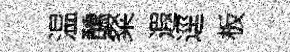
温醺粲遐逕板